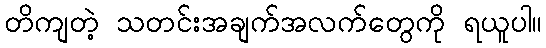
တိကျတဲ့ သတင်းအချက်အလက်တွေကို ရယူပါ။